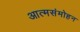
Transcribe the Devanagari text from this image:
आत्मसंमोहन